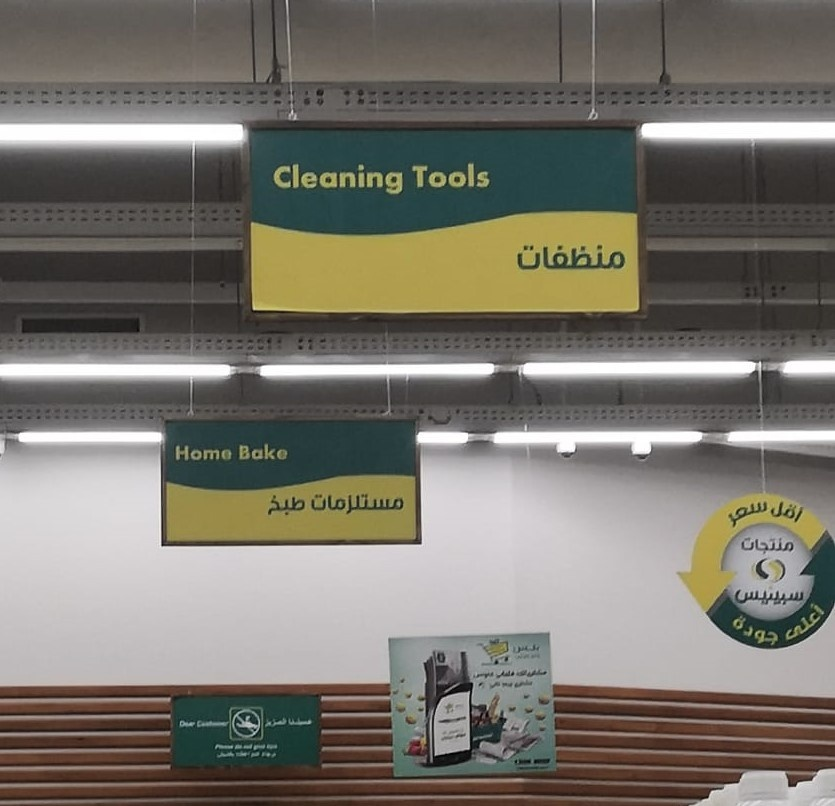
Text in image: منظفات مستلزمات طبخ أقل سعر منتجات سبينيس أعلى جودة Tools Cleaning Bake Home